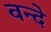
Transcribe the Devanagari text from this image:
वन्‍दे